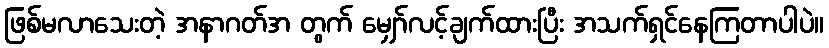
ဖြစ်မလာသေးတဲ့ အနာဂတ်အ တွက် မျှော်လင့်ချက်ထားပြီး အသက်ရှင်နေကြတာပါပဲ။